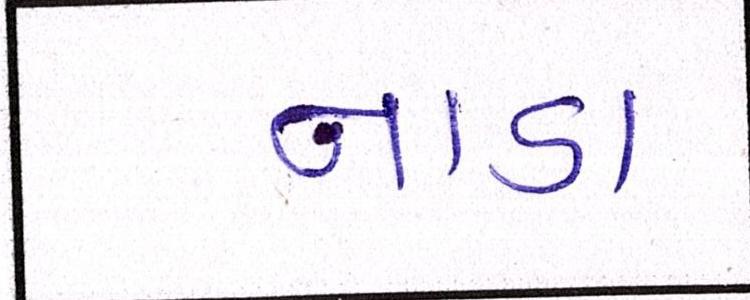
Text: નાડા